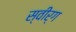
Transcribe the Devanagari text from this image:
स्वीर्ग